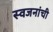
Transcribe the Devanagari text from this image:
स्वजनांची